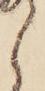
ら